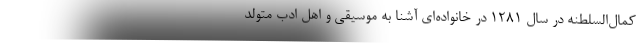
کمال‌السلطنه در سال ۱۲۸۱ در خانواده‌ای آشنا به موسیقی و اهل ادب متولد